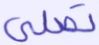
تصلى